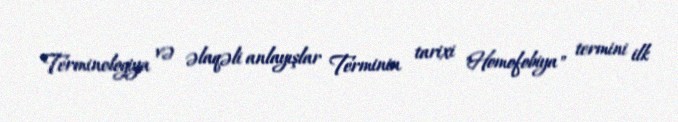
Terminologiya və əlaqəli anlayışlar Terminin tarixi "Homofobiya" termini ilk